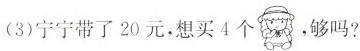
(3)宁宁带了20元，想买4个，够吗?